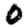
Digit: 0